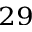
^ { 2 9 }